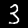
Digit: 3